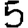
Digit: 5